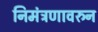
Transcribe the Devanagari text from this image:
निमंत्रणावरुन